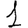
Digit: 1